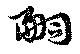
嗣